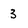
Character: 3